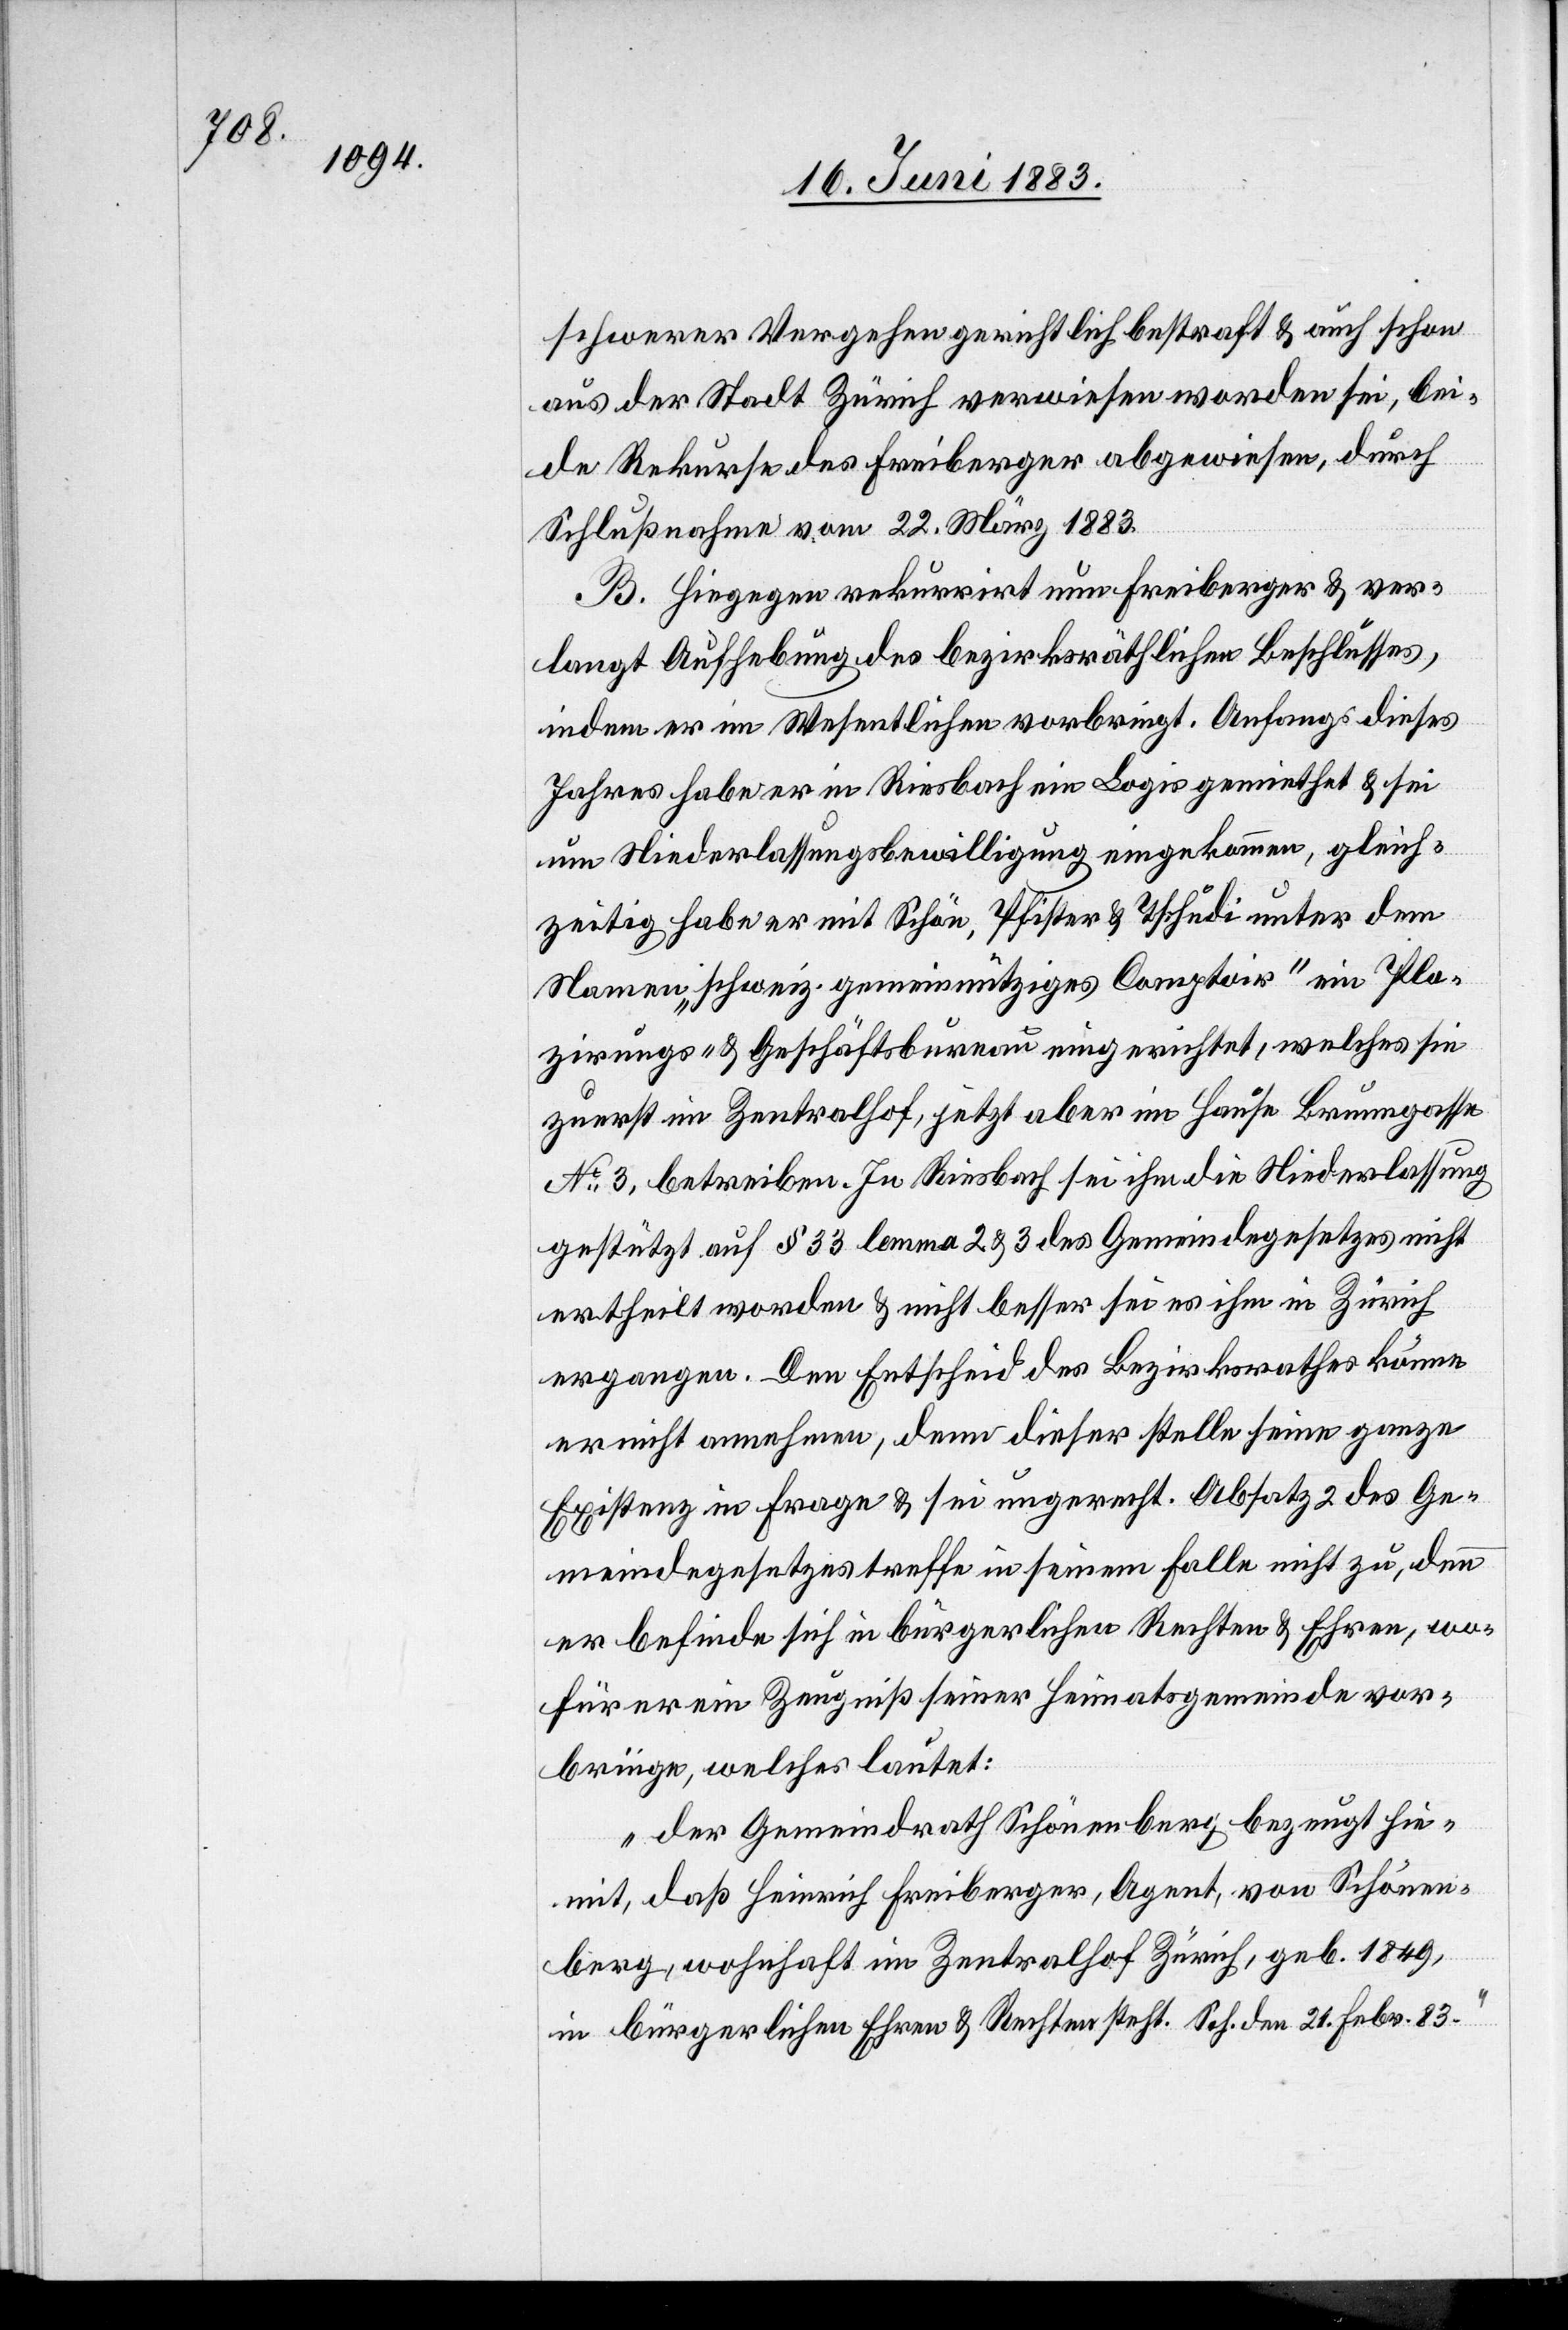
schwerer Vergehen gerichtlich bestraft & auch schon
aus der Stadt Zürich verwiesen worden sei, bei¬
de Rekurse des Freiberger abgewiesen, durch
Schlußnahme vom 22. März 1883.
B. Hiegegen rekurrirt nun Freiberger & ver¬
langt Aufhebung des bezirksräthlichen Beschlusses,
indem er im Wesentlichen vorbringt. Anfangs dieses
Jahres habe er in Riesbach ein Logis gemiethet & sei
um Niederlassungsbewilligung eingekommen, gleich¬
zeitig habe er mit Schön, Pfister & Tschudi unter dem
Namen „schweiz. gemeinnütziges Comptoir“ ein Pla¬
zirungs- & Geschäftsbureau eingerichtet, welches sie
zuerst im Zentralhof, jetzt aber im Hause Brunngasse
No 3, betreiben. In Riesbach sei ihm die Niederlassung
gestützt auf § 33 lemma 2& 3 des Gemeindegesetzes nicht
ertheilt worden & nicht besser sei es ihm in Zürich
ergangen. Den Entscheid des Bezirksrathes könne
er nicht annehmen, denn dieser stelle seine ganze
Existenz in Frage & sei ungerecht. Absatz 2 des Ge¬
meindegesetzes treffe in seinem Falle nicht zu, denn
er befinde sich in bürgerlichen Rechten & Ehren, wo¬
für er ein Zeugniß seiner Heimatsgemeinde vor¬
bringe, welches lautet:
„der Gemeindrath Schönenberg bezeugt hie¬
mit, daß Heinrich Freiberger, Agent, von Schönen¬
berg, wohnhaft im Zentralhof Zürich, geb. 1849,
in bürgerlichen Ehren & Rechten steht. Sch. den 21. Febr. 83.“